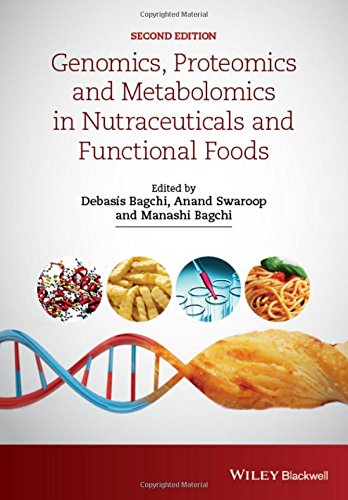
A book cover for Genomics, Proteomics and Metabolomics in Nutraceuticals and Functional Foods; Health, Fitness & Dieting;